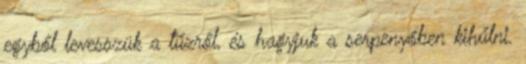
egyből levesszük a tűzről, és hagyjuk a serpenyőben kihűlni.